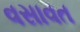
વસાવત